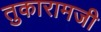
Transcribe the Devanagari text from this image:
तुकारामजी